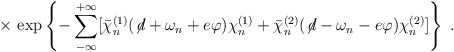
\begin{align*}\times \,\exp \left\{- \sum_{-\infty}^{+\infty}[ {\bar\chi}_n^{(1)}(\not \! d + \omega_n + e \varphi)\chi_n^{(1)}+{\bar\chi}_n^{(2)}(\not \! d - \omega_n - e \varphi)\chi_n^{(2)}]\right\} \;.\end{align*}